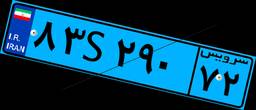
۸۰S۵۲۱۳۶